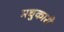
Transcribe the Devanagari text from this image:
मधुकारी